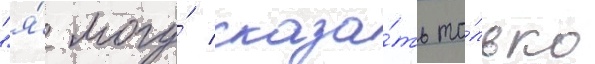
"я́ могу́ сказа́ть то́лько